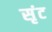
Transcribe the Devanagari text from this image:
सृंट